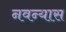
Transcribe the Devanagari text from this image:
नवन्यास